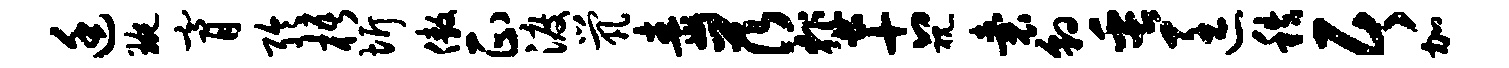
廷琬膏聆梧圻傲正渡茕毒茨蜚古视囊豹缶匡秩居加